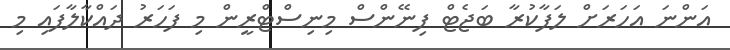
އަންނަ އަހަަރަށް ލަފާކުރާ ބަޖެޓް ފިނޭންސް މިނިސްޓްރީން މި ފަހަރު ދައްކާލާފައި މި